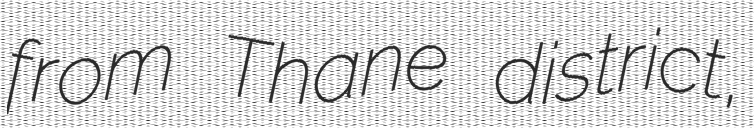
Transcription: from Thane district,